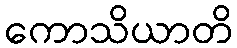
ကောသိယာတိ